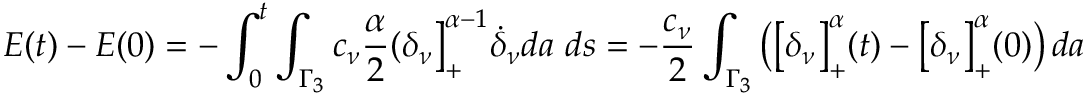
\displaystyle { E ( t ) - E ( 0 ) = - \int _ { 0 } ^ { t } \int _ { \Gamma _ { 3 } } c _ { \nu } \frac { \alpha } { 2 } ( \delta _ { \nu } \big ] _ { + } ^ { \alpha - 1 } { \dot { \delta } _ { \nu } } d a \ d s } = - \frac { c _ { \nu } } { 2 } \int _ { \Gamma _ { 3 } } \big ( \big [ \delta _ { \nu } \big ] _ { + } ^ { \alpha } ( t ) - \big [ \delta _ { \nu } \big ] _ { + } ^ { \alpha } ( 0 ) \big ) \, d a